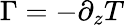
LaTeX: \Gamma=-\partial_{z}T